Bréfritari: Sigríður Pálsdóttir
Viðtakandi: Páll Pálsson
Dagsetning: A-1842-06-02
Skrifað á: Síðumúla  Mýr.
Páll var bróðir Sigríðar

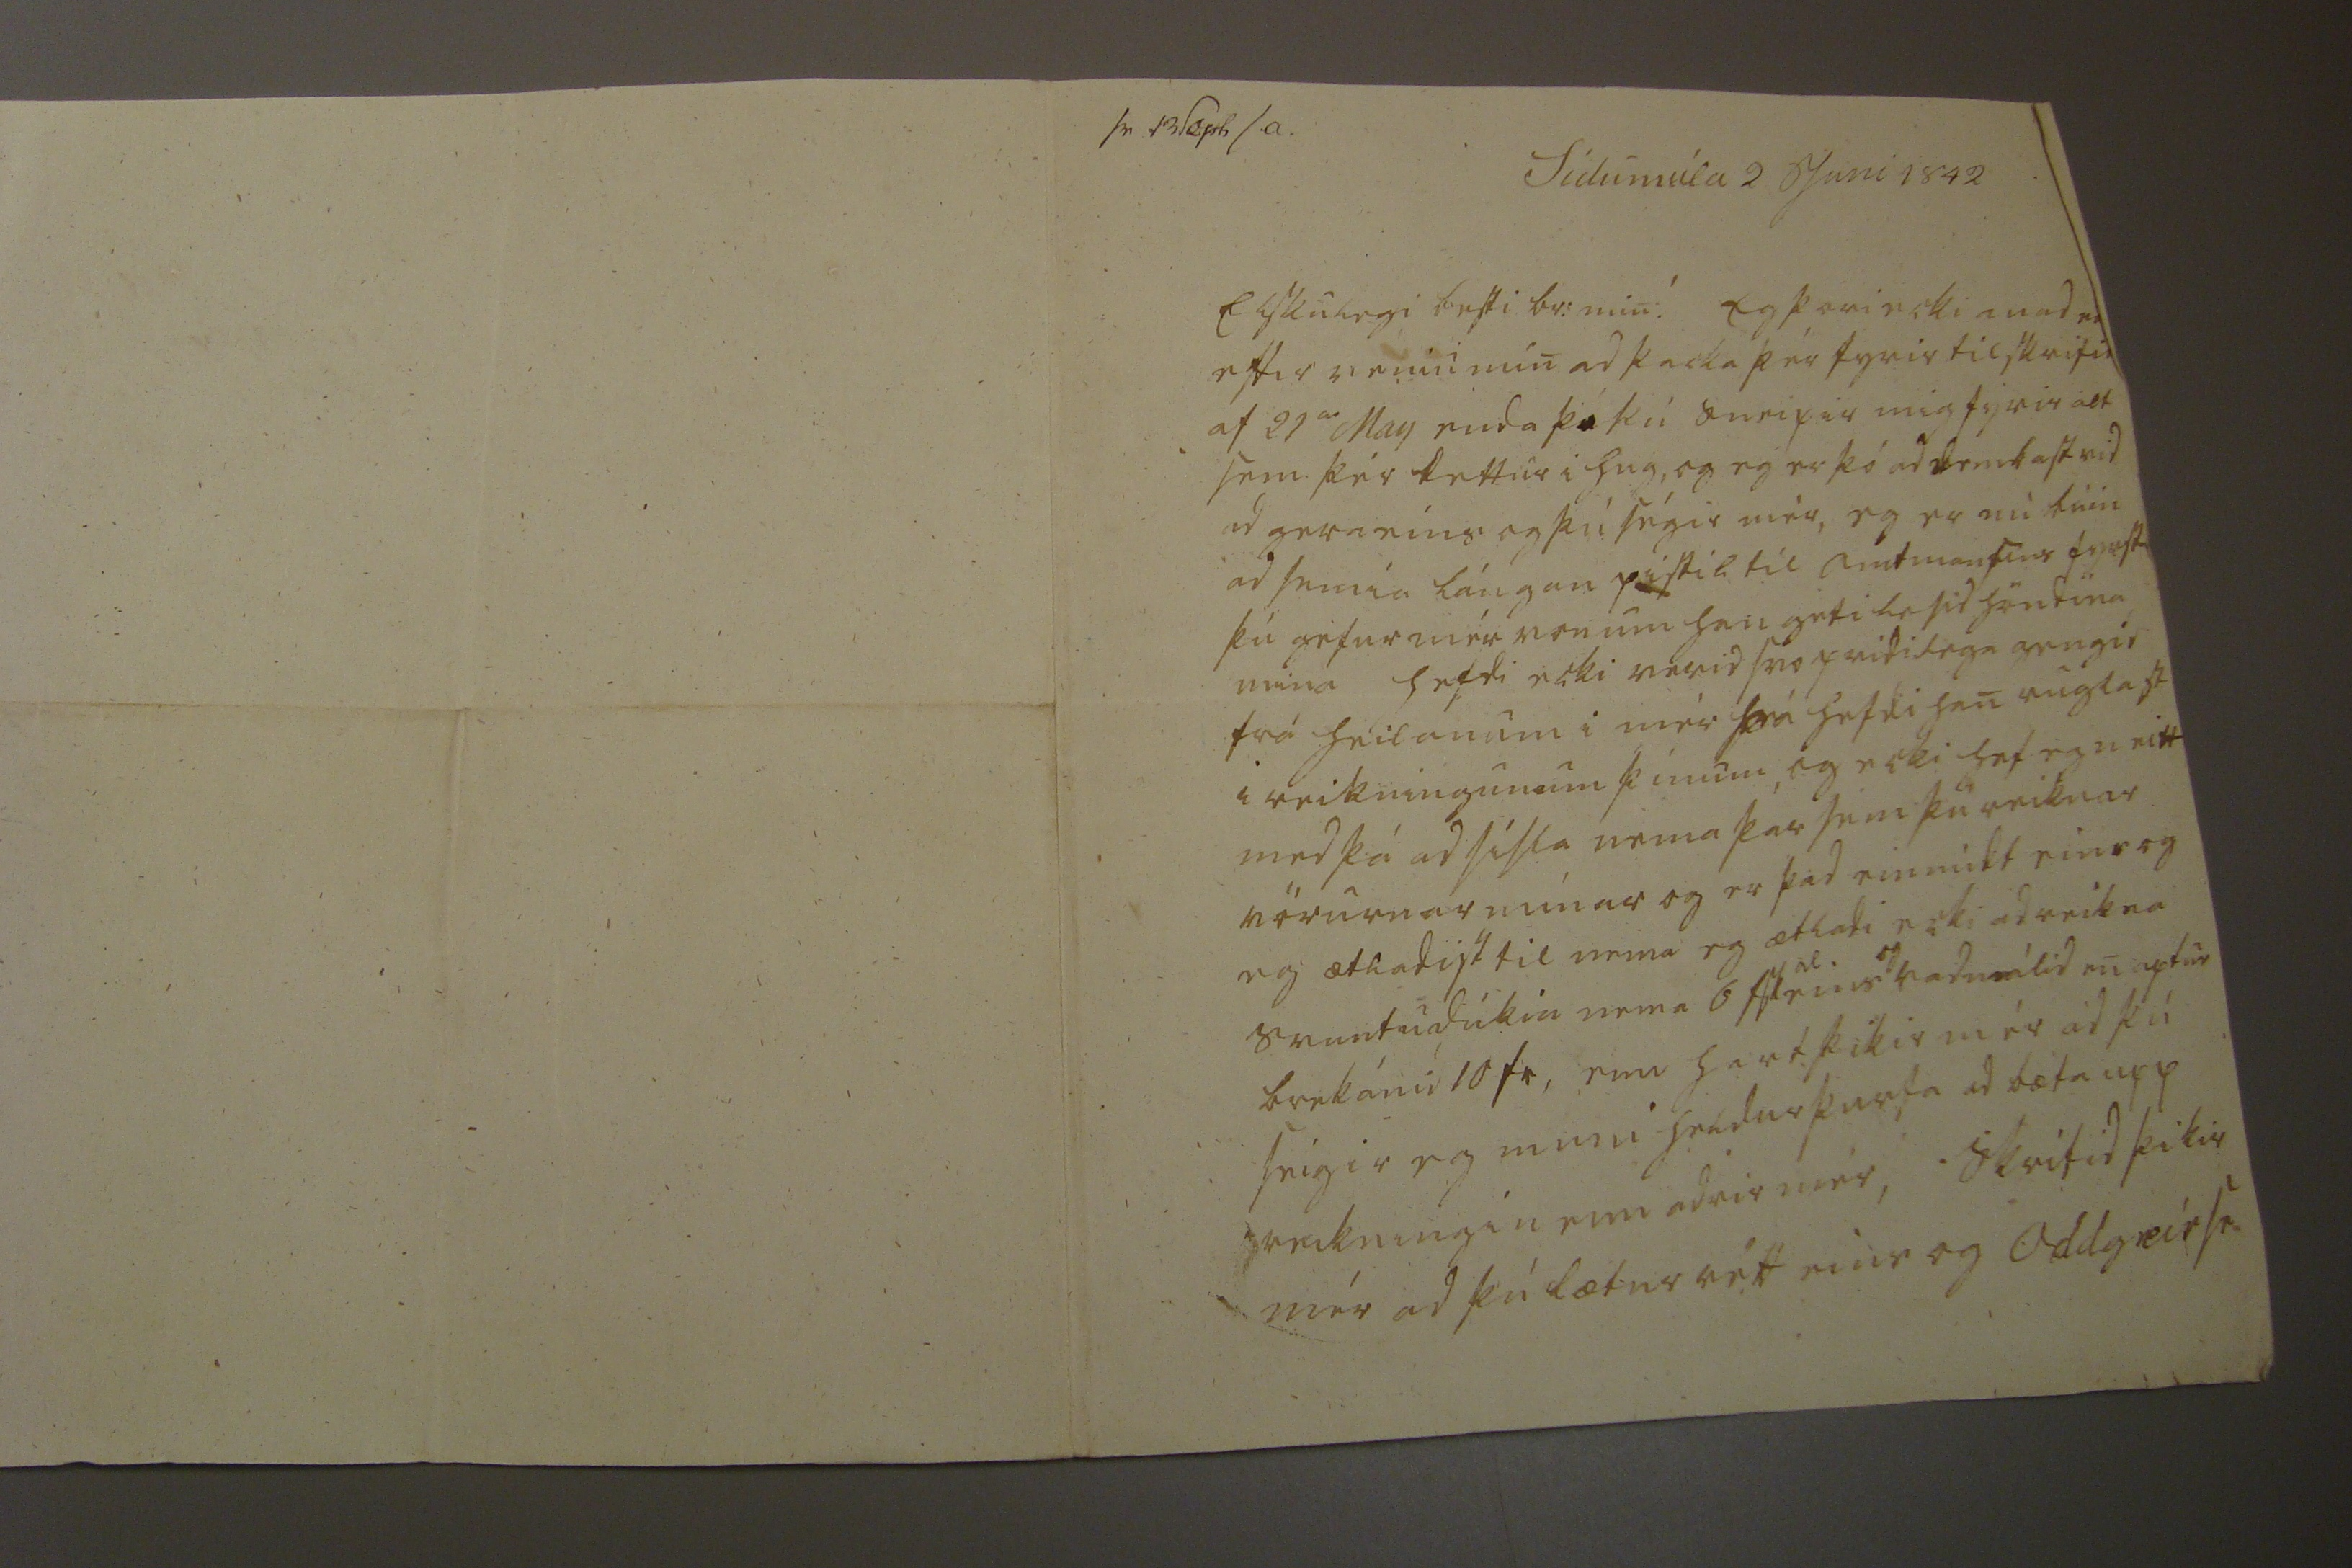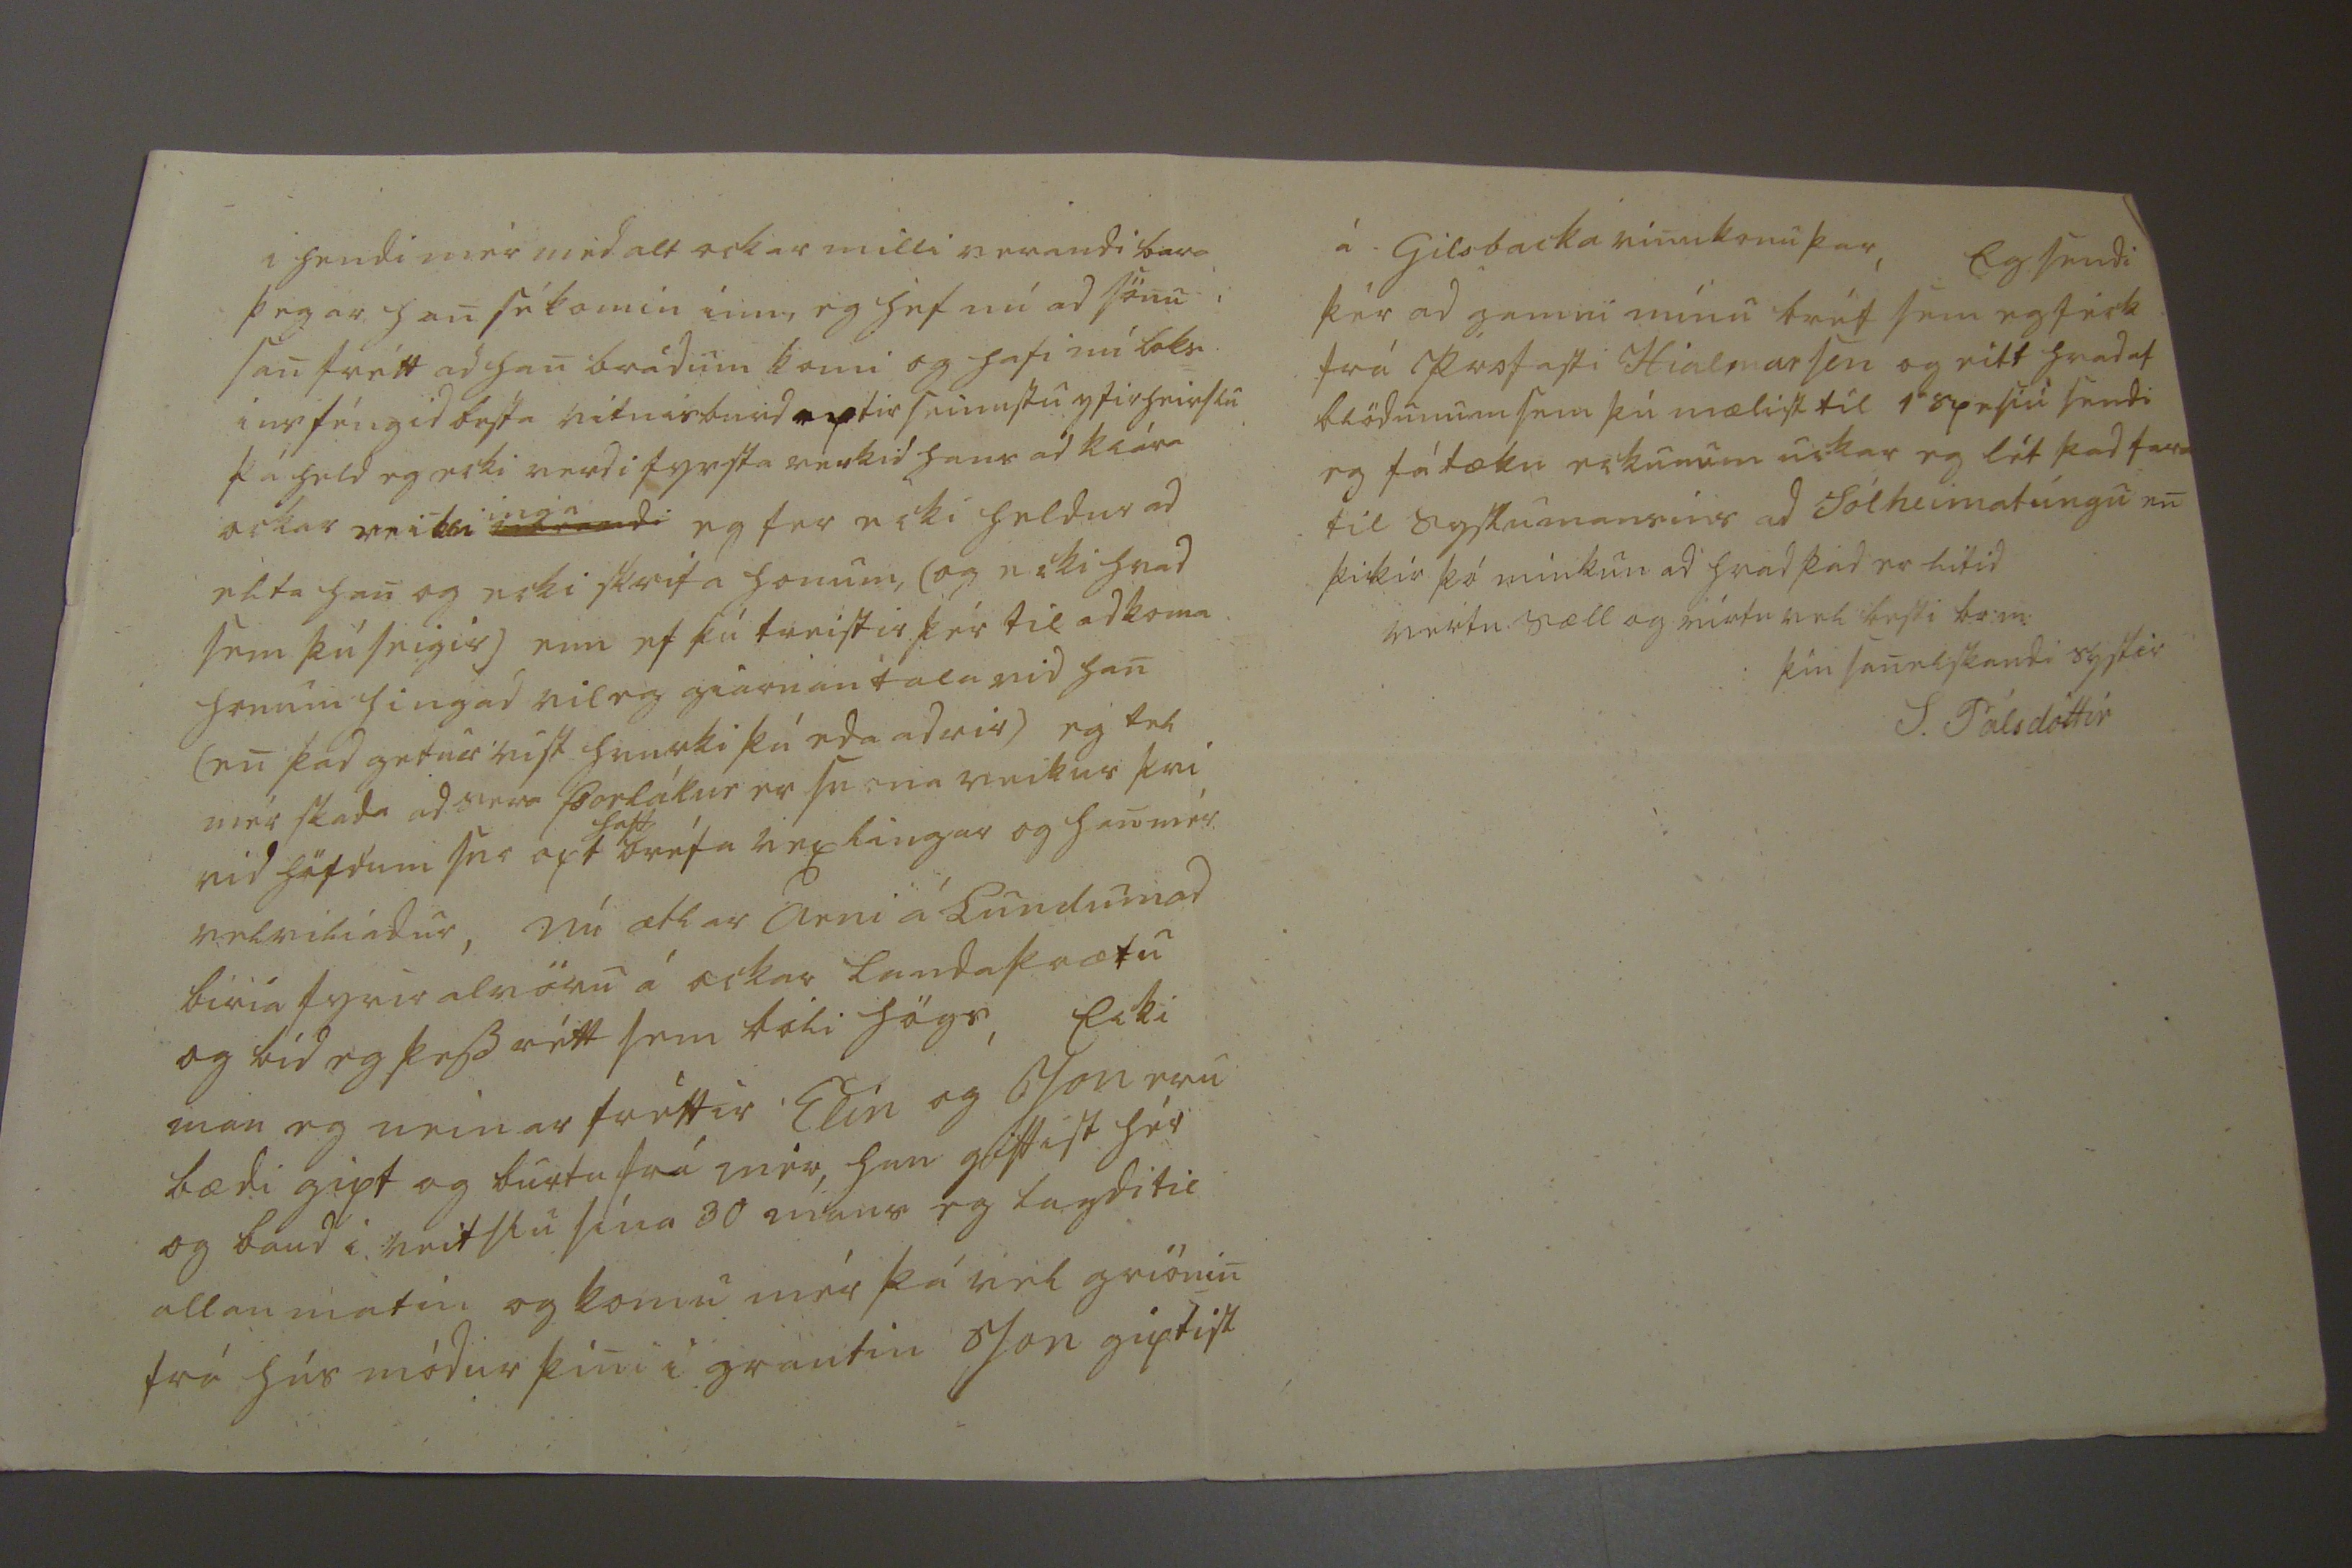

sv 13 Sept s.a. Sídumúla 2 Juni 1842
Elskulegi besti br: min! Eg þori ecki anad
en
eftir veniu min ad þacka þér fyrir tilskrifid af 21
a
May enda þó þú
sneipir
mig fyrir alt sem þér dettur i hug, og eg er þó ad
r
embast vid ad gera eins og þú ségir mér, eg er nú búin ad semia lángan pistil til amtmansins fyrst þú géfur mér von um han geti lesid höndina mina hefdi ecki verid svo pridilega gengid frá heilanum i mér þá hefdi han ruglast i reikningunum þínum, og ecki hef eg neitt med þá ad sísla nema þar sem þú reiknar vörurnar mínar og er þad einmi
d
t eins og eg ætladist til nema eg ætladi ecki ad reikna svuntudúkin nema 6
fsl
al.
eins
og
vadmálid en aptur brekánid 10 fr, enn hart þikir mér ad þú seigir eg muni heldur þurfa ad bæta upp reikningin enn adrir mér, Skrifid þikir mér ad þú lætur rétt eins og Oddgeir se
i hendi mér med alt ockar milli verandi bar
a
þegar han sé komin inn, eg hef nú ad sönu i san frétt ad han brádum komi og hafi nú loks= ins féngid besta vitnisburd eptir seinustu yfirheirslu þá held eg ecki verdi fyrsta verkid hans ad klára ockar reiknin
inga
eg fer ecki heldur ad elta han og ecki skrifa honum, (og ecki hvad sem þú seigir) enn ef þú treistir þér til ad koma honum hingad vil eg giarnan tala vid han (en þad getur víst hvurki þú eda adrir) eg tel mér skada ad Sera Þorlákur er svona veikur þvi vid höfdum svo opt
haft
bréfa vexlingar og han mér velviliadur, Nú ætlar Árni á Lundum ad biria fyrir alvöru á ockar landaþrætu og bíd eg þess rétt sem bóli högs, Ecki man eg neinar fréttir, Elín og Jon eru bædi gipt og burtu frá mér, han giftist hér og baud i veitslu sína 30 mans eg lagdi til allan matin og komu mér þá vel griónin frá hús módur þini i grautin Jon giptist
á Gilsbacka vinukonu þar, Eg sendi þér ad gamni mínu bréf sem eg féck frá Profasti Hialmarsen og eitt hvad af blödunum sem þú mælist til 1
a
spesiu sendi eg fátæku eckunum uckar eg lét þad fara til syslumansins ad Sólheimatúngu en þikir þó minkun ad hvad þad er lítid vertu sæll og virtu vel besti br:m:
þin sanelskandi systir
S. Pálsdóttir